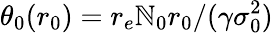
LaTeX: \theta_{0}(r_{0})=r_{e}\mathbb{N}_{0}r_{0}/(\gamma\sigma_{0}^{2})